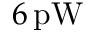
6 \, \mathrm { p W }